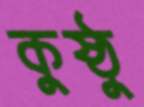
কুষ্ঠু